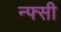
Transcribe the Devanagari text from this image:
न्फ्सी